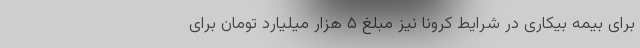
برای بیمه بیکاری در شرایط کرونا نیز مبلغ ۵ هزار میلیارد تومان برای